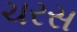
ચરસ